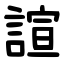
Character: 諠